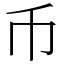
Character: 币